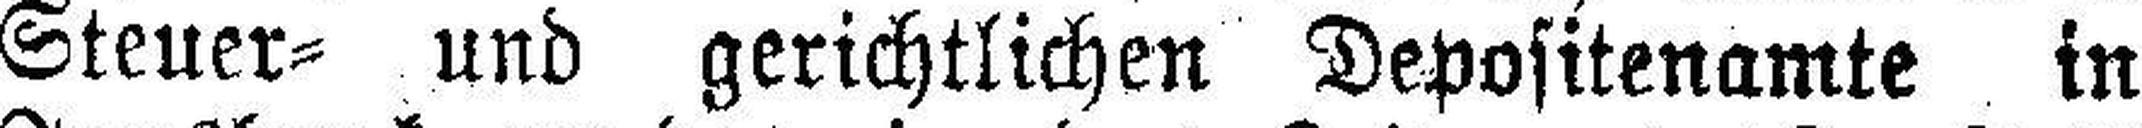
Steuer= und gerichtlichen Depositenamte in